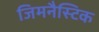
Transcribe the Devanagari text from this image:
जिमनैस्टिक